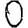
Digit: 0